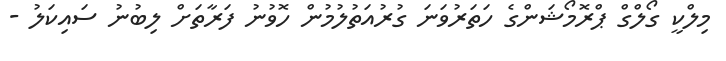
މިލްކީ ގޯލްގް ޕްރޮމޯޝަންގެ ހަތަރުވަނަ ގުރުއަތުލުމުން ހޮވުނު ފަރާތަށް ލިބުނު ސައިކަލު -